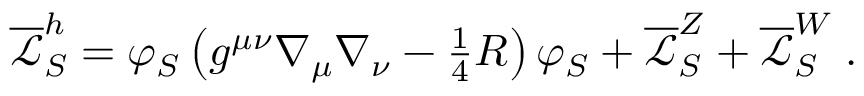
\begin{array} { r } { \overline { { \mathcal { L } } } _ { S } ^ { h } = \varphi _ { S } \left( g ^ { \mu \nu } \nabla _ { \mu } \nabla _ { \nu } - \frac { 1 } { 4 } R \right) \varphi _ { S } + \overline { { \mathcal { L } } } _ { S } ^ { Z } + \overline { { \mathcal { L } } } _ { S } ^ { W } \; . } \end{array}